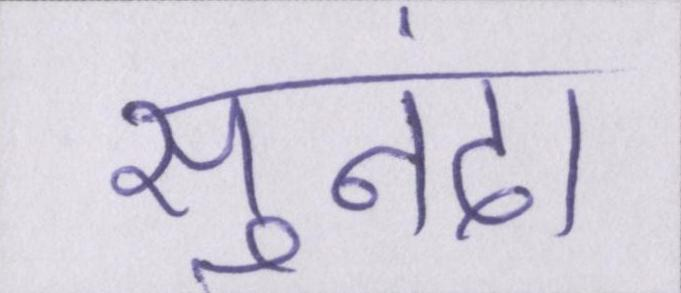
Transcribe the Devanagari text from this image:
सुनंदा